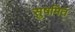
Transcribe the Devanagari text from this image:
सुषमित